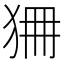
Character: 狦